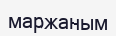
маржаным